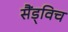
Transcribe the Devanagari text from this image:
सैंड्विच